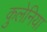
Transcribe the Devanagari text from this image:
कुलेनिया